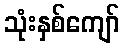
သုံးနှစ်ကျော်